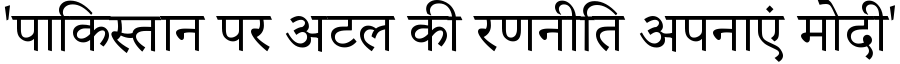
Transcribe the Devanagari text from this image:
'पाकिस्तान पर अटल की रणनीति अपनाएं मोदी'